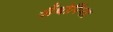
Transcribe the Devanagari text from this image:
ज़ैंथोपिंप्ला